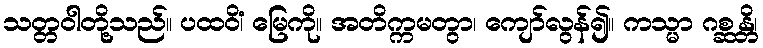
သတ္တဝါတို့သည်။ ပထဝိံ၊ မြေကို။ အတိက္ကမတွာ၊ ကျော်လွန်၍။ ကသ္မာ ဂစ္ဆန္တိ၊